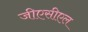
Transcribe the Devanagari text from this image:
जीएसीएल